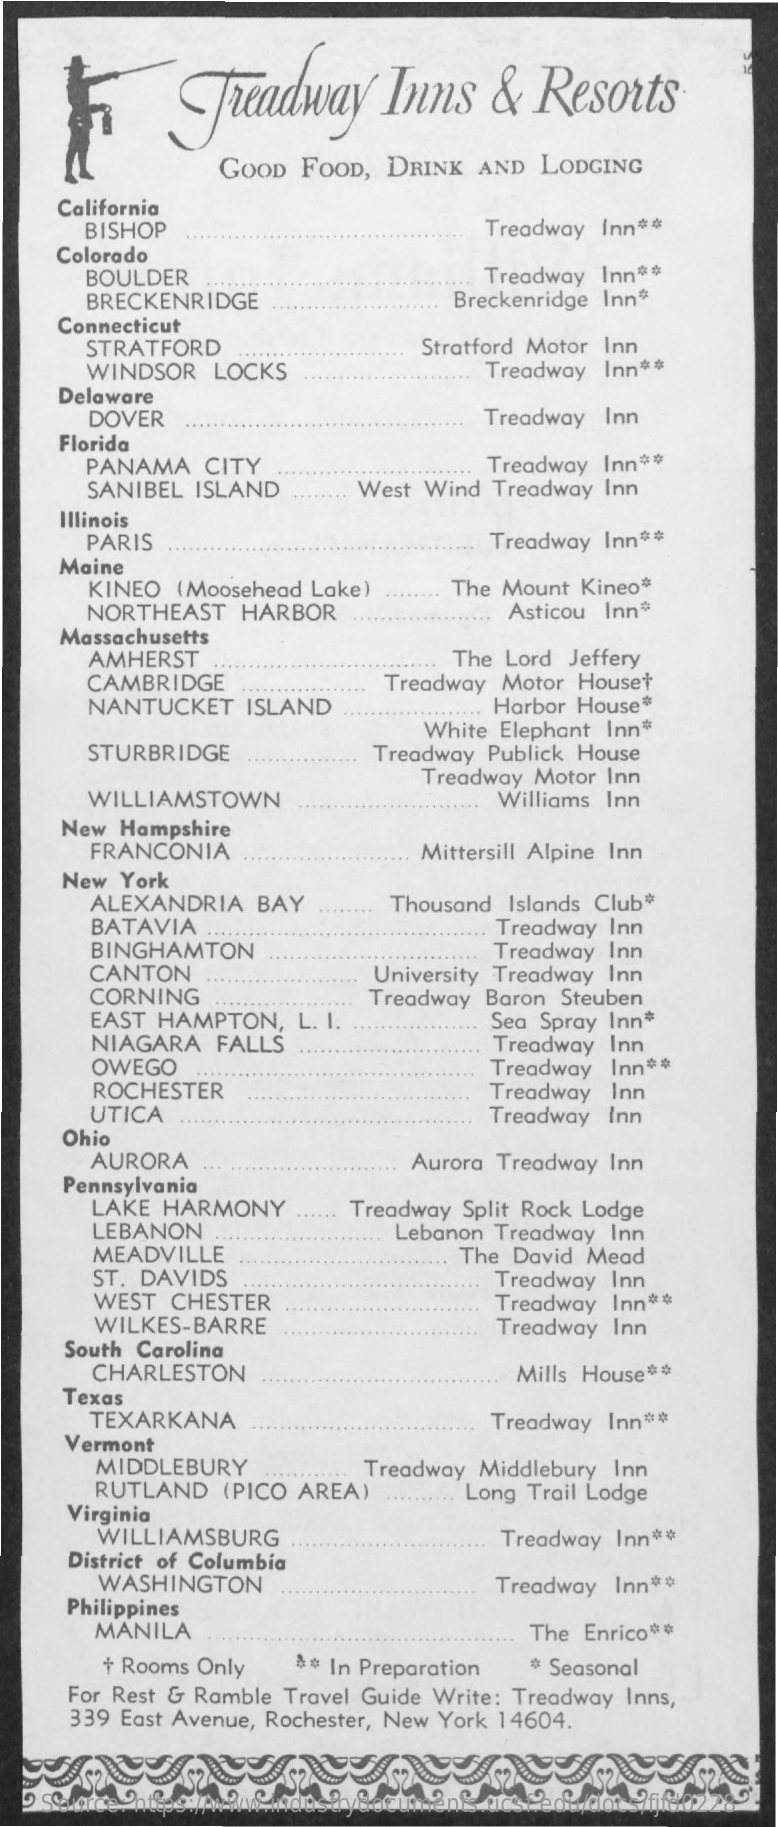
Treadway    Inns    &   Resorts
     GOOD  FOOD,   DRINK   AND  LODGING
     California
     BISHOP    Treadway  Inn **
     Colorado
     BOULDER    Treadway  Inn **
     BRECKENRIDGE    Breckenridge Inn*
     Connecticut
     STRATFORD
     WINDSOR   LOCKS
     Stratford Motor Inn
     Treadway  Inn **
     Delaware
     DOVER    Treadway  Inn
     Florida
     PANAMA    CITY    Treadway Inn **
     SANIBEL  ISLAND    West Wind  Treadway Inn
     Illinois
     PARIS    Treadway Inn **
     Maine
     KINEO  (Moosehead Lake)    The Mount Kineo*
     NORTHEAST   HARBOR    Asticou Inn*
     Massachusetts
     AMHERST    The Lord Jeffery
     CAMBRIDGE    Treadway  Motor Houset
     NANTUCKET    ISLAND    Harbor House*
     STURBRIDGE
     White Elephant Inn*
     Treadway Publick House
     WILLIAMSTOWN
     Treadway Motor Inn
     Williams Inn
     New  Hampshire
     FRANCONIA    Mittersill Alpine Inn
     New York
     ALEXANDRIA    BAY    Thousand Islands Club*
     BATAVIA
     BINGHAMTON
     Treadway  Inn
     Treadway  Inn
     CANTON
     CORNING
     University Treadway Inn
     EAST HAMPTON,    L. I.
     Treadway Baron  Steuben
     NIAGARA   FALLS
     Sea Spray Inn*
     Treadway  Inn
     OWEGO
     ROCHESTER
     Treadway  Inn **
     Inn
     UTICA
     Treadway
     Treadway  Inn
     Ohio
     AURORA    Aurora Treadway  Inn
     Pennsylvania
     LAKE  HARMONY    Treadway Split Rock Lodge
     LEBANON
     MEADVILLE
     Lebanon Treadway  Inn
     ST. DAVIDS
     The David  Mead
     Treadway  Inn
     WEST  CHESTER
     WILKES-BARRE
     Treadway  Inn **
     Treadway  Inn
     South Carolina
     CHARLESTON    Mills House **
     Texas
     TEXARKANA    Treadway  Inn **
     Vermont
     MIDDLEBURY
     RUTLAND    (PICO AREA)
     Treadway  Middlebury Inn
     Virginia
     Long Trail Lodge
     WILLIAMSBURG    Treadway Inn **
     District of Columbia
     WASHINGTON
     Philippines
     Treadway  Inn **
     MANILA    The  Enrico **
     + Rooms Only    ** In Preparation   * Seasonal
     For Rest & Ramble Travel Guide Write: Treadway Inns,
     339 East Avenue, Rochester, New York 14604.
    Source: https://www.industrydocuments.ucsf.edu/docs/fjfd0228